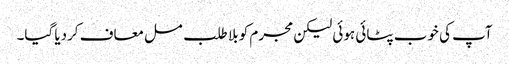
آپ کی خوب پٹائی ہوئی لیکن مجرم کو بلا طلب مسل معاف کردیا گیا۔